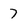
Character: 7